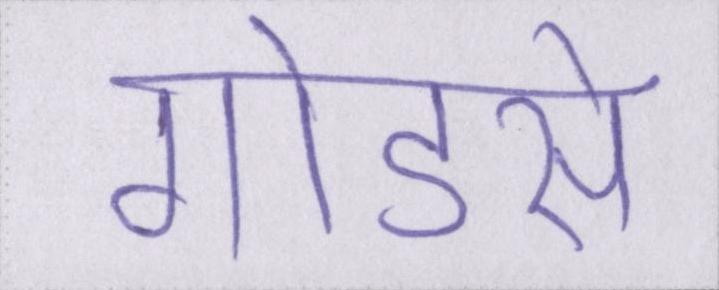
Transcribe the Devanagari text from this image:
गोडसे